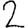
Digit: 2